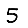
Digit: 5